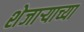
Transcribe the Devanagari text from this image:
शेजाऱ्याच्या